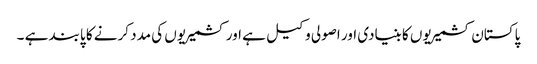
پاکستان کشمیریوں کا بنیادی اور اصولی وکیل ہے اور کشمیریوں کی مدد کرنے کا پابند ہے ۔